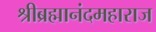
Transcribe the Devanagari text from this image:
श्रीब्रह्मानंदमहाराज